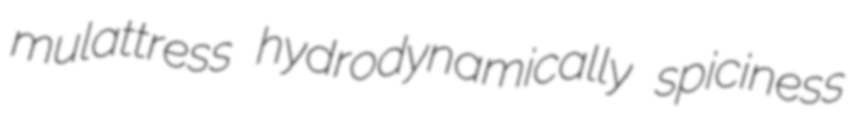
mulattress hydrodynamically spiciness